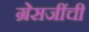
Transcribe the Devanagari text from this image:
ग्रेसजींची